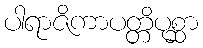
ပါရာဇိကာပတ္တိပုစ္ဆာ